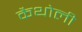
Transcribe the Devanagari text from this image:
कैथोली